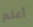
أعلم